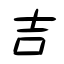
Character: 吉